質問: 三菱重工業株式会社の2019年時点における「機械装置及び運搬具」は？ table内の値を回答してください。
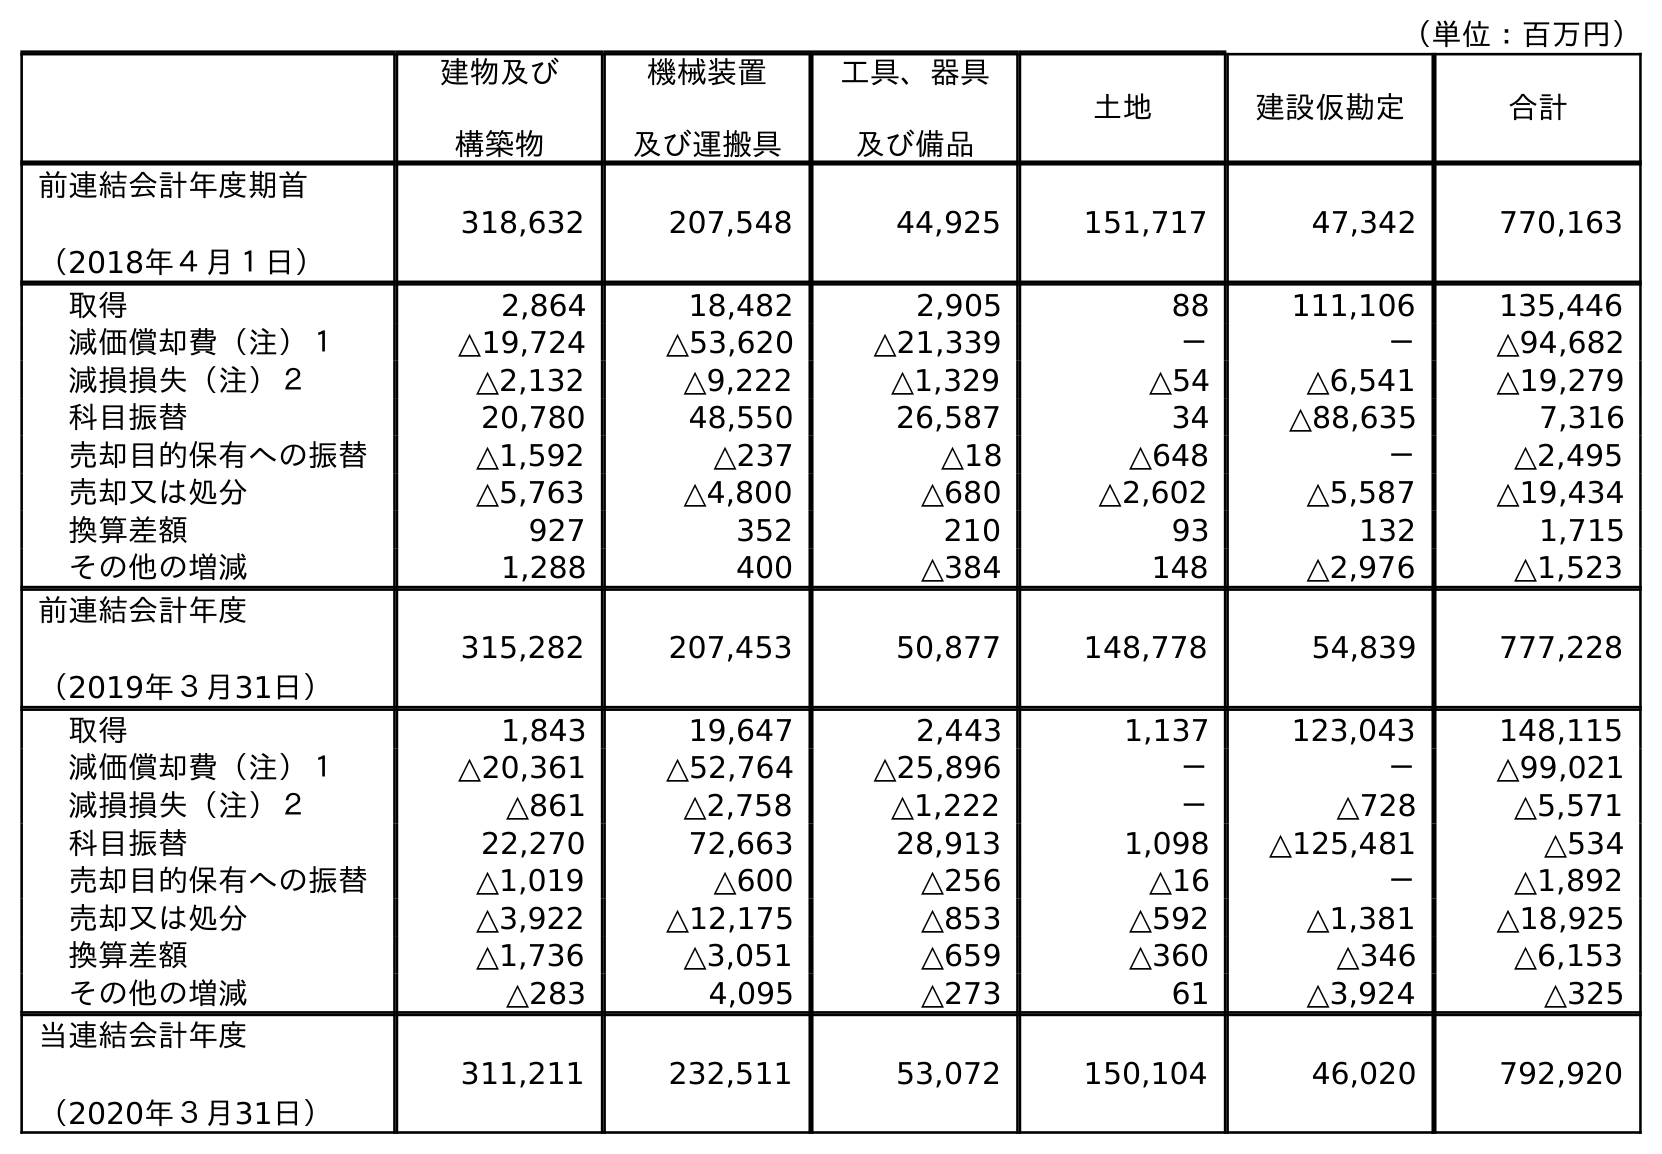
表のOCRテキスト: （単位：百万円） 建物及び 構築物 機械装置 及び運搬具 工具、器具 及び備品 土地 建設仮勘定 合計 前連結会計年度期首 （2018年４月１日） 318,632 207,548 44,925 151,717 47,342 770,163 取得 2,864 18,482 2,905 88 111,106 135,446 減価償却費（注）１ △19,724 △53,620 △21,339 － － △94,682 減損損失（注）２ △2,132 △9,222 △1,329 △54 △6,541 △19,279 科目振替 20,780 48,550 26,587 34 △88,635 7,316 売却目的保有への振替 △1,592 △237 △18 △648 － △2,495 売却又は処分 △5,763 △4,800 △680 △2,602 △5,587 △19,434 換算差額 927 352 210 93 132 1,715 その他の増減 1,288 400 △384 148 △2,976 △1,523 前連結会計年度 （2019年３月31日） 315,282 207,453 50,877 148,778 54,839 777,228 取得 1,843 19,647 2,443 1,137 123,043 148,115 減価償却費（注）１ △20,361 △52,764 △25,896 － － △99,021 減損損失（注）２ △861 △2,758 △1,222 － △728 △5,571 科目振替 22,270 72,663 28,913 1,098 △125,481 △534 売却目的保有への振替 △1,019 △600 △256 △16 － △1,892 売却又は処分 △3,922 △12,175 △853 △592 △1,381 △18,925 換算差額 △1,736 △3,051 △659 △360 △346 △6,153 その他の増減 △283 4,095 △273 61 △3,924 △325 当連結会計年度 （2020年３月31日） 311,211 232,511 53,072 150,104 46,020 792,920
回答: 207,453